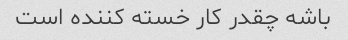
باشه چقدر کار خسته کننده است